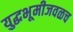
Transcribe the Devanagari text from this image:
युद्धभूमीजवळच